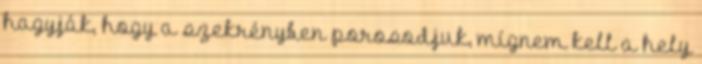
hagyják, hogy a szekrényben porosodjuk, mígnem kell a hely